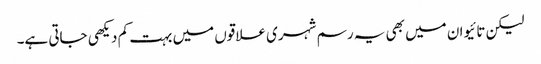
لیکن تائیوان میں بھی یہ رسم شہری علاقوں میں بہت کم دیکھی جاتی ہے۔